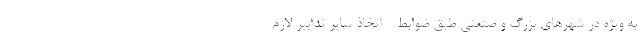
به ویژه در شهرهای بزرگ و صنعتی طبق ضوابط - اتخاذ سایر تدابیر لازم